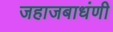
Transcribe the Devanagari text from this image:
जहाजबाधंणी